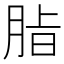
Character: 𮌖